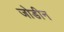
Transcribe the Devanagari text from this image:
जोडीन